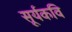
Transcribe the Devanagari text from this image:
सूर्यकवि